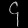
Digit: ၄